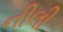
નીલી